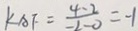
k A F = \frac { 4 - 2 } { - 2 - 0 } = - 1